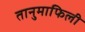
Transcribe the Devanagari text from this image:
तानुमाफिली